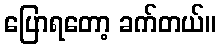
ပြောရတော့ ခက်တယ်။